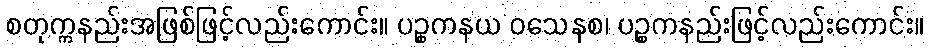
စတုက္ကနည်းအဖြစ်ဖြင့်လည်းကောင်း။ ပဉ္စကနယ ဝသေနစ၊ ပဉ္စကနည်းဖြင့်လည်းကောင်း။